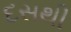
દસથી